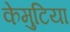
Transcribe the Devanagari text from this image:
केमुटिया